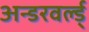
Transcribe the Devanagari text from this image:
अन्डरवर्ल्ड्